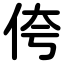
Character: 侉